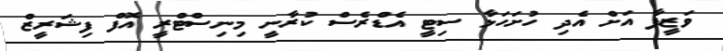
ވަޒީފާ އަށް އެދި ހުށަހަޅާ ސިޓީ އެޑްރެސް ކުރާނީ މިނިސްޓްރީ އޮފް ފިޝަރީޒް